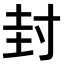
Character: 封